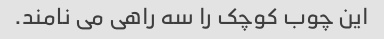
این چوب کوچک را سه راهی می نامند.